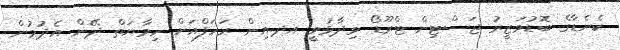
ކެނެޑާގެ ބޮޑުވަޒީރު ޖަސްޓިން ޓްރޫޑޯ ވިދާޅުވީ އދ.އިން ރަހަފްއަށް ހިމާޔަތް ދޭން އެދުމުން